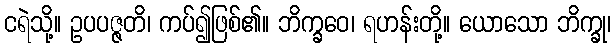
ငရဲသို့။ ဥပပဇ္ဇတိ၊ ကပ်၍ဖြစ်၏။ ဘိက္ခဝေ၊ ရဟန်းတို့။ ယောသော ဘိက္ခု၊